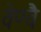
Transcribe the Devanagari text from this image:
वेण्वै